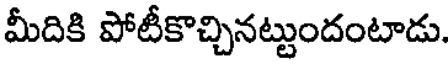
మీదికి పోటీకొచ్చినట్టుందంటాడు.